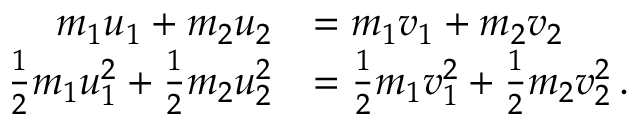
{ \begin{array} { r l } { m _ { 1 } u _ { 1 } + m _ { 2 } u _ { 2 } } & { = m _ { 1 } v _ { 1 } + m _ { 2 } v _ { 2 } } \\ { { \frac { 1 } { 2 } } m _ { 1 } u _ { 1 } ^ { 2 } + { \frac { 1 } { 2 } } m _ { 2 } u _ { 2 } ^ { 2 } } & { = { \frac { 1 } { 2 } } m _ { 1 } v _ { 1 } ^ { 2 } + { \frac { 1 } { 2 } } m _ { 2 } v _ { 2 } ^ { 2 } \, . } \end{array} }